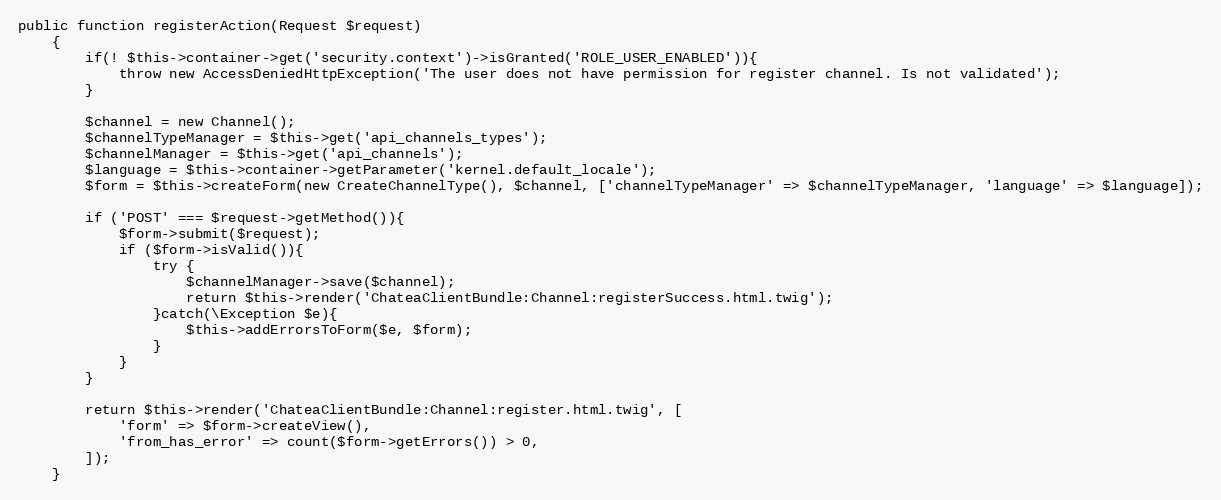
Language: PHP
public function registerAction(Request $request)
    {
        if(! $this->container->get('security.context')->isGranted('ROLE_USER_ENABLED')){
            throw new AccessDeniedHttpException('The user does not have permission for register channel. Is not validated');
        }

        $channel = new Channel();
        $channelTypeManager = $this->get('api_channels_types');
        $channelManager = $this->get('api_channels');
        $language = $this->container->getParameter('kernel.default_locale');
        $form = $this->createForm(new CreateChannelType(), $channel, ['channelTypeManager' => $channelTypeManager, 'language' => $language]);

        if ('POST' === $request->getMethod()){
            $form->submit($request);
            if ($form->isValid()){
                try {
                    $channelManager->save($channel);
                    return $this->render('ChateaClientBundle:Channel:registerSuccess.html.twig');
                }catch(\Exception $e){
                    $this->addErrorsToForm($e, $form);
                }
            }
        }

        return $this->render('ChateaClientBundle:Channel:register.html.twig', [
            'form' => $form->createView(),
            'from_has_error' => count($form->getErrors()) > 0,
        ]);
    }